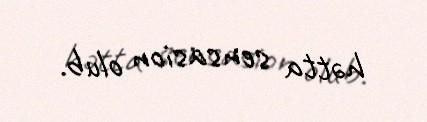
hətta sensasion olub.